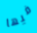
فيها